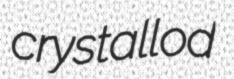
crystallod